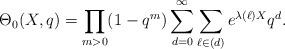
LaTeX: \begin{align*}\Theta_0(X,q)=\prod_{m>0}(1-q^m)\sum_{d=0}^\infty \sum_{\ell\in (d)} e^{\lambda(\ell)X}q^d.\end{align*}